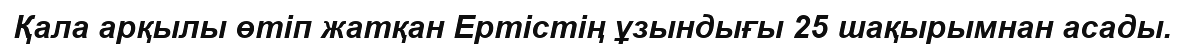
Қала арқылы өтіп жатқан Ертістің ұзындығы 25 шақырымнан асады.